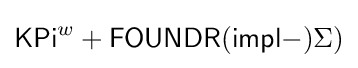
{\mathsf {KPi}}^{w}+{\mathsf {FOUNDR}}({\mathsf {impl-}})\Sigma )